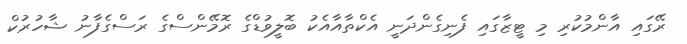
ރޭގައި އާންމުކުރި މި ޓީޒާގައި ފެނިގެންދަނީ އެކްތާއާއެކު ބޮލީވުޑްގެ ރޮމޭންސްގެ ރަސްގެފާނު ޝާހުރުކް